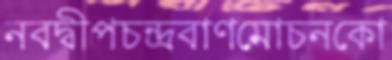
নবদ্বীপচন্দ্রবাণমোচনকো